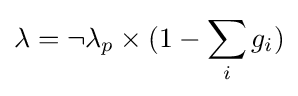
\lambda =\neg \lambda _{p}\times (1-\sum _{i}g_{i})